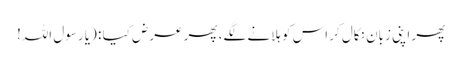
پھر اپنی زبان نکال کر اس کو ہلانے لگے، پھر عرض کیا : (یا رسول اللہ!